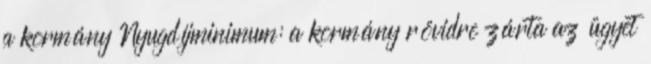
a kormány Nyugdíjminimum: a kormány rövidre zárta az ügyet